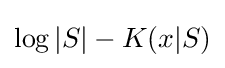
\log |S|-K(x|S)